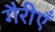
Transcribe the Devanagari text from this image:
गैरीएँ